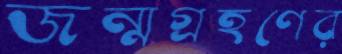
জন্মগ্রহণের